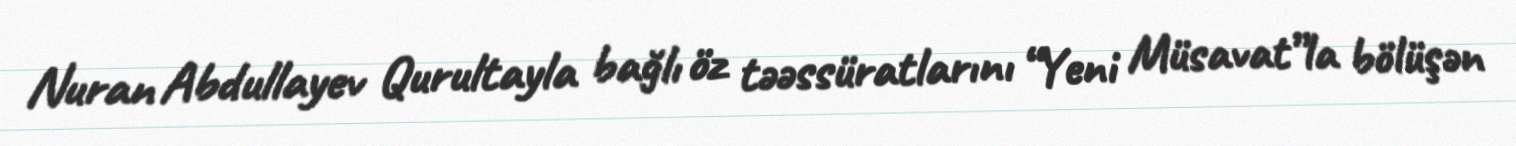
Nuran Abdullayev Qurultayla bağlı öz təəssüratlarını “Yeni Müsavat”la bölüşən